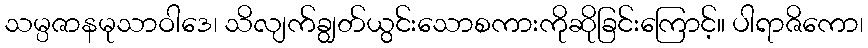
သမ္ပဇာနမုသာဝါဒေ၊ သိလျက်ချွတ်ယွင်းသောစကားကိုဆိုခြင်းကြောင့်။ ပါရာဇိကော၊